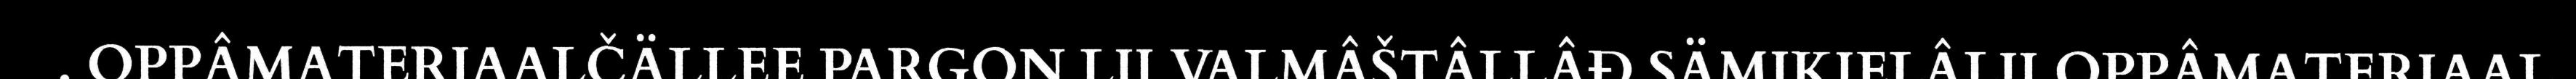
. OPPÂMATERIAALČÄLLEE PARGON LII VALMÂŠTÂLLÂĐ SÄMIKIELÂLII OPPÂMATERIAAL